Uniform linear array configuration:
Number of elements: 8
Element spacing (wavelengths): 0.25
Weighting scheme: kaiser
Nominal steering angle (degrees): -45
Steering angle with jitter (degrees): -46.497
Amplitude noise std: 0.05
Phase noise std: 0.05

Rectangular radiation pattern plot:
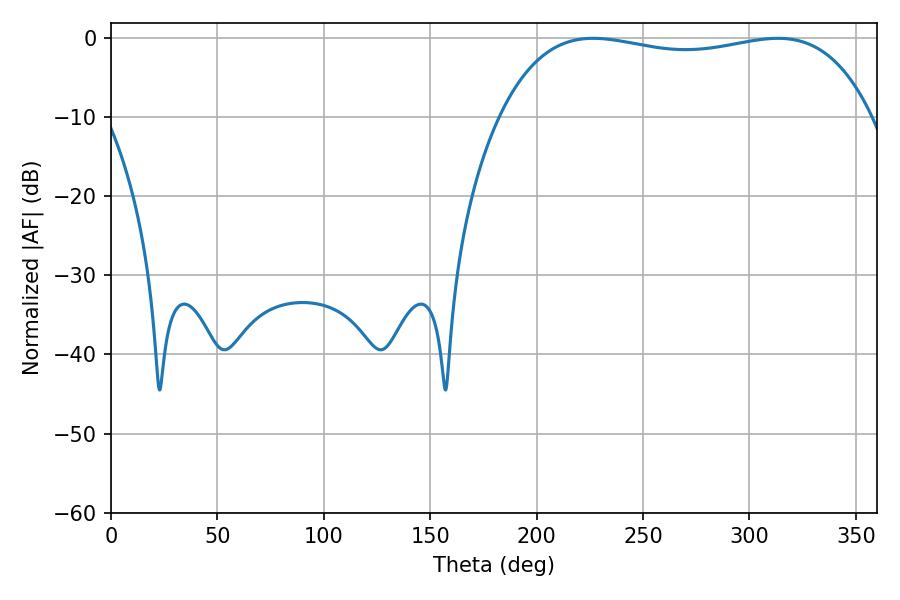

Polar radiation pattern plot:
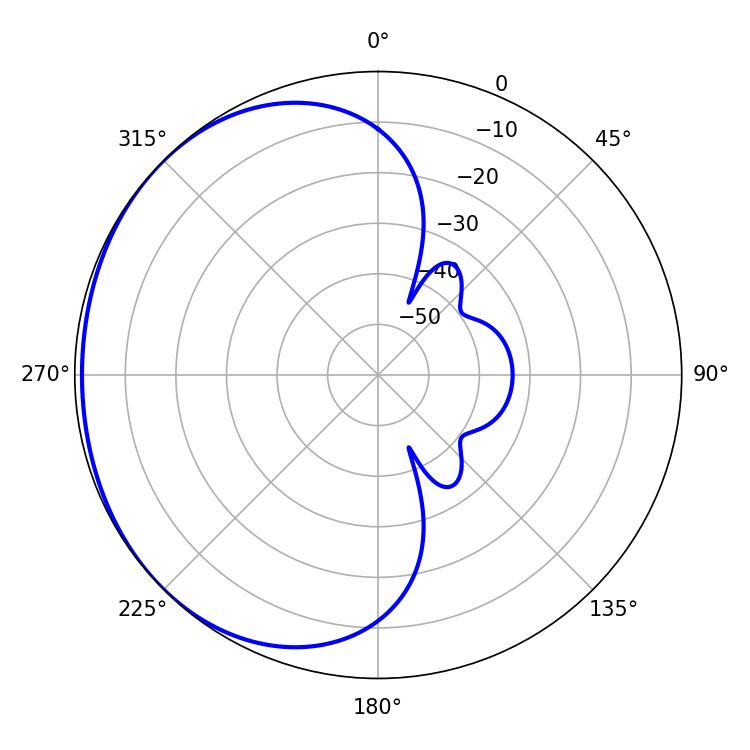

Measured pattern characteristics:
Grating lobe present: FALSE
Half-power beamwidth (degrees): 140.76
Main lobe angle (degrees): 226.62